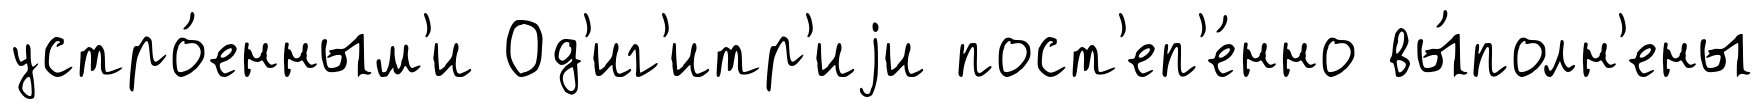
устро́енным'и Од'иг'итр'иjи пост'еп'е́нно вы́полн'ены